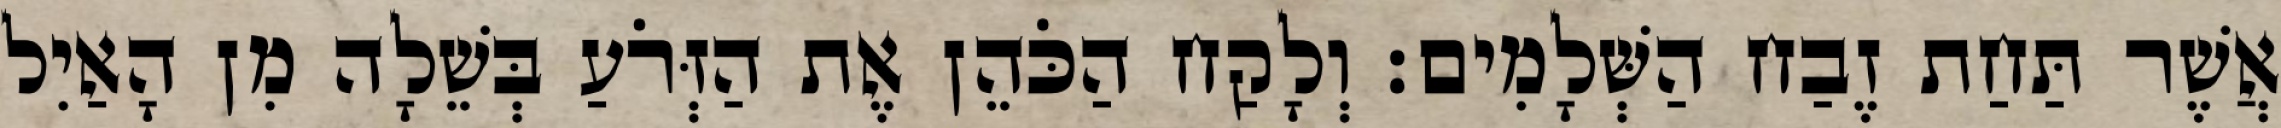
אֲשֶׁר תַּחַת זֶבַח הַשְּׁלָמִים׃ וְלָקַח הַכֹּהֵן אֶת הַזְּרֹעַ בְּשֵׁלָה מִן הָאַיִל